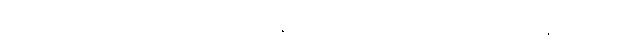
လက်ရှိအခြေအနေတွေကြောင့် အရင်ခုနှစ်တွေထက် ပိုပြီး အရေအတွက် များနိုင်တယ်လို့